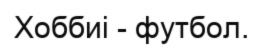
Хоббиі - футбол.